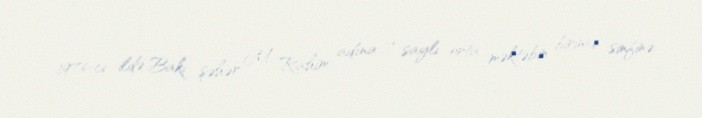
1976-cı ildə Bakı şəhər M. Rahim adına 7 saylı orta məktəbin birinci sinfinə,